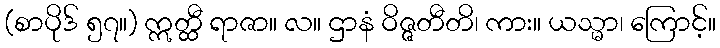
(စာပိုဒ် ၅၇။) ဣတ္ထီ ရာဇာ။ လ။ ဌာနံ ဝိဇ္ဇတီတိ၊ ကား။ ယသ္မာ၊ ကြောင့်။